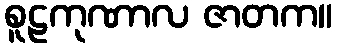
စူဠကုဏာလ ဇာတက။